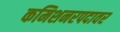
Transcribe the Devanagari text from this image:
कमिशनरपदावर